Annual report of the Prince of Wales Medical College, Patna
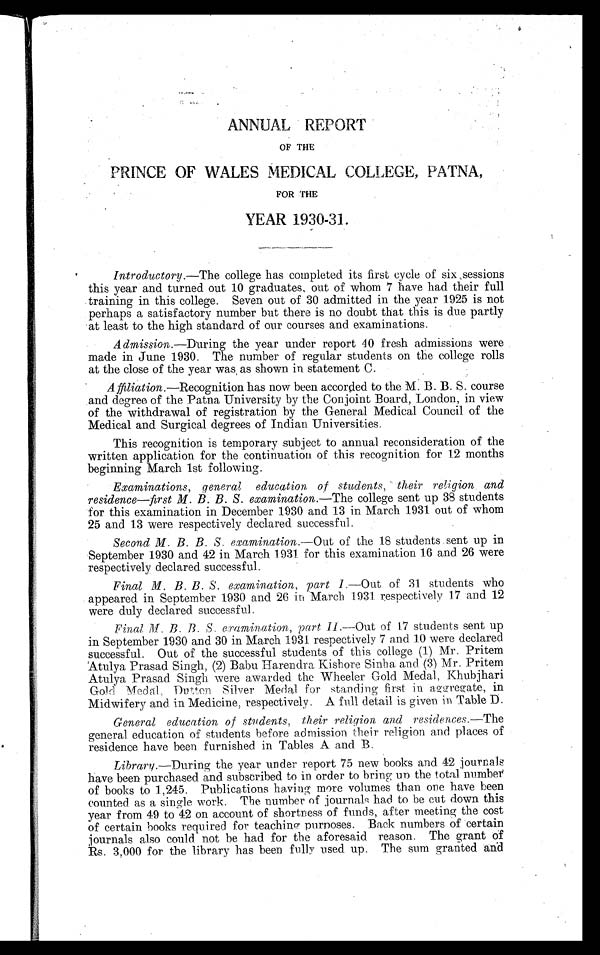
ANNUAL REPORT
OF' THE
PRINCE OF WALES MEDICAL COLLEGE, PATNA,
FOR THE
YEAR 1930-31.
Introductory.—The college has completed its first cycle of six sessions
this year and turned out 10 graduates, out of whom 7 have had their full
training in this college. Seven out of 30 admitted in the year 1925 is not
perhaps a satisfactory number but there is no doubt that this is due partly
at least to the high standard of our courses and examinations.
Admission. —During the year under report 40 fresh admissions were
made in June 1930. The number of regular students on the college rolls
at the close of the year was , as shown in statement C.
Affiation. —Recognition has now been accorded to the M. B. B. S. course
and degree of the Patna University by the Conjoint Board, London, in view
of the withdrawal of registration by the General Medical Council of the
Medical and Surgical degrees of Indian. Universities.
This recognition is temporary subject to annual reconsideration of the
written application for the continuation of this recognition for 12 months
beginning March 1st following.
Examinations, general education of students, their religion and
residence—first M. B. B. S. examination.— The college sent up 38 students
for this examination in December 1930 and 13 in March 1931 out of whom
25 and 13 were respectively declared successful.
Second M. B. B. S. examination.—Out of the 18 students sent up in
September 1930 and 42 in March 1931 for this examination 16 and 26 were
respectively declared successful..
Final M. B. B. S. examination, part I .—Out of 31 students who
appeared in September 1930 and 26 in March 1931 respectively 17 and 12
were duly declared successful.
Final M.B. B. S. examination, part II—O u t
o f 1 7 s t u d e n t s s e n t u p
in September 1930 and 30 in March 1931 respectively 7 and 10 were declared
successful. Out of the successful students of this college (1) Mr. Pritem
Atulya Prasad Singh, (2) Babu Harendra Kishore Sinha and (3) Mr. Pritem
Atulya Prasad Singh were awarded the Wheeler Gold Medal, Khubjhari
Gold Medal, Dutten Silver Medal for standing first in aggregate, in
Midwifery and. in Medicine, respectively. A. full detail is given in Table D.
General education of students, their religion and residences.— The
general education of students before admission their religion and places of
residence have been furnished in Tables A and B.
Library .—During the year under report 75 new books and 42 journals
have been purchased and subscribed to in order to bring up the total. number
of books to 1,245. Publications having more volumes than one have been
counted as a single work. The number of journals had to be cut down this
year from 49 to 42 on account of shortness of funds, after meeting the cost
of certain books required for teaching purposes. Back numbers of certain
journals also could not be had for the aforesaid reason. The grant of
Rs. 3,000 for the library has been fully used up. The sum granted and